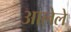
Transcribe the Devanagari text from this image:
अालेले